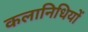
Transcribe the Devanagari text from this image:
कलानिधियों